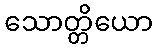
သောတ္တိယော